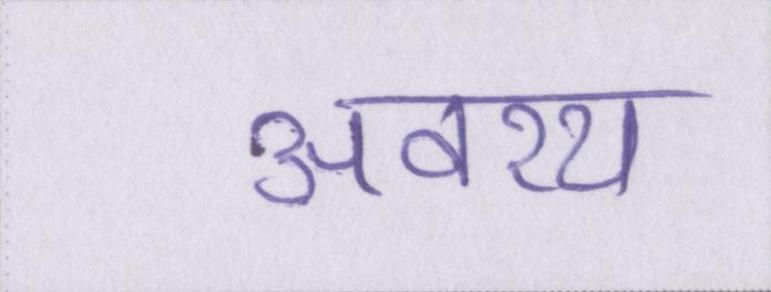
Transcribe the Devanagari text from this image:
अवश्य